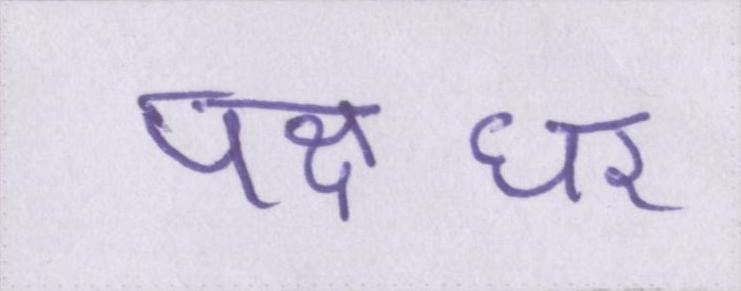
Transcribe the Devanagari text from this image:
पक्षधर